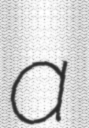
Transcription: a